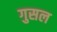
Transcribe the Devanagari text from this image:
गुसल